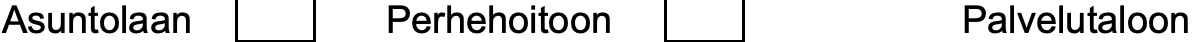
Asuntolaan   Perhehoitoon       Palvelutaloon